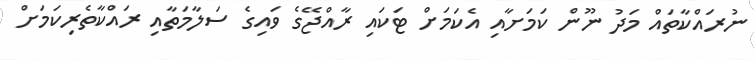
ނުރައްކާތައް މަދު ނޫން ކަމަށާއި އެކަމަށް ޓަކައި ރާއްޖޭގެ ވައިގެ ސަލާމަތާއި ރައްކާތެރިކަމަށް